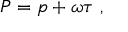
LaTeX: { \cal P } = p + \omega \tau \ ,